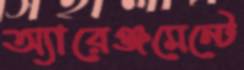
অ্যারেঞ্জমেন্টে